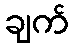
ချက်